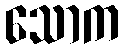
သောက